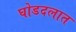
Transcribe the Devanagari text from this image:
घोडदलात